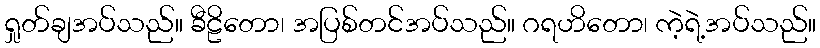
ရှုတ်ချအပ်သည်။ ခီဠိတော၊ အပြစ်တင်အပ်သည်။ ဂရဟိတော၊ ကဲ့ရဲ့အပ်သည်။